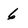
Character: 6